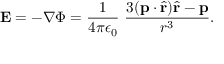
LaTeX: \mathbf { E } = - \nabla \Phi = { \frac { 1 } { 4 \pi \epsilon _ { 0 } } } \ { \frac { 3 ( \mathbf { p } \cdot { \hat { \mathbf { r } } } ) { \hat { \mathbf { r } } } - \mathbf { p } } { r ^ { 3 } } } .